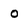
Character: 0